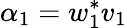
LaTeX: \alpha_{1}=w_{1}^{*}v_{1}